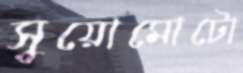
সুয়োমোটো